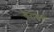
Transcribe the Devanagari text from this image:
केराकस